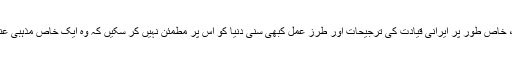
یہ بات جزوی طو رپر یقیناًدرست ہے، لیکن معاملے کے دوسرے پہلو اس سے کم اہم نہیں ہیں ، خاص طور پر ایرانی قیادت کی ترجیحات اور طرز عمل کبھی سنی دنیا کو اس پر مطمئن نہیں کر سکیں کہ وہ ایک خاص مذہبی عنصر کے بجائے بلا تفریق وامتیاز تمام مسلمانوں کی نمائندگی اور ترجمانی کا جذبہ رکھتی ہے۔